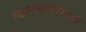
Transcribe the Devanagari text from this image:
लक्ष्मणहंसांच्या